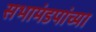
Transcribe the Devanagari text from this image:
सभामंडपांच्या